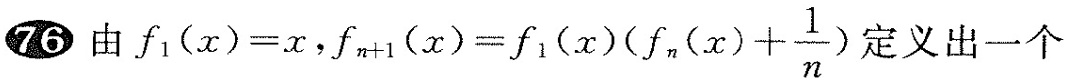
76 由 $$f _ { 1 } ( x ) = x$$，$$f _ { n + 1 } ( x ) = f _ { 1 } ( x ) ( f _ { n } ( x ) + \frac { 1 } { n } )$$ 定义出一个